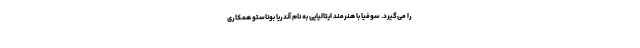
را می‌گیرد. سوفیا با هنرمند ایتالیایی به نام آندریا بوناستو همکاری